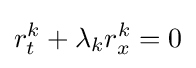
r_{t}^{k}+\lambda _{k}r_{x}^{k}=0